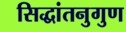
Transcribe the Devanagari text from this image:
सिद्धांतनुगुण